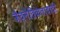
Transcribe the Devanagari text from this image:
जैवनैतिकतावादी